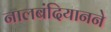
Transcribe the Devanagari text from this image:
नालबंदियानने